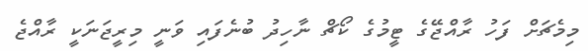
މިމެޗަށް ފަހު ރާއްޖޭގެ ޓީމުގެ ކޯޗް ނާހިދު ބުނެފައި ވަނީ މިރީޖަނަކީ ރާއްޖެ